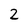
Character: 2